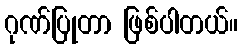
ဂုဏ်ပြုတာ ဖြစ်ပါတယ်။